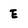
Character: E